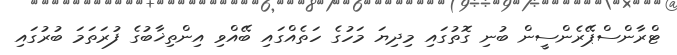
ޓްރާންސްޕޭރެންސީން ބުނި ގޮތުގައި މިދިޔަ މަހުގެ ހަތެއްގައި ބޭއްވި އިންތިޚާބުގެ ފުރަތަމަ ބުރުގައި